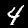
Digit: 4